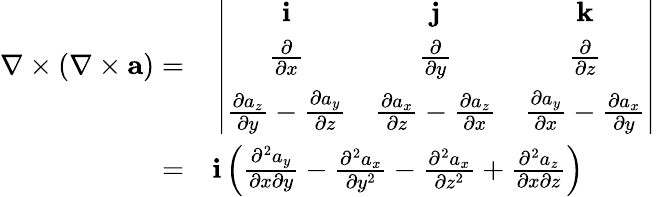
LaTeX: \begin{array}{rl}{\nabla\times(\nabla\times{\mathbf a})=}&{{}\left|\begin{array}{ccc}{{\mathbf i}}&{{\mathbf j}}&{{\mathbf k}}\\ {\frac{\partial}{\partial x}}&{\frac{\partial}{\partial y}}&{\frac{\partial}{\partial z}}\\ {\frac{\partial a_{z}}{\partial y}-\frac{\partial a_{y}}{\partial z}}&{\frac{\partial a_{x}}{\partial z}-\frac{\partial a_{z}}{\partial x}}&{\frac{\partial a_{y}}{\partial x}-\frac{\partial a_{x}}{\partial y}}\end{array}\right|}\\ {=}&{{}{\mathbf i}\left(\frac{\partial^{2}a_{y}}{\partial x\partial y}-\frac{\partial^{2}a_{x}}{\partial y^{2}}-\frac{\partial^{2}a_{x}}{\partial z^{2}}+\frac{\partial^{2}a_{z}}{\partial x\partial z}\right)}\end{array}